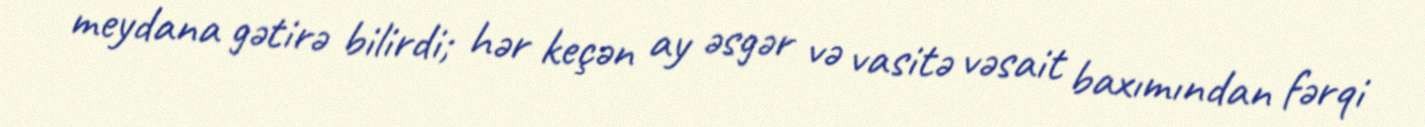
meydana gətirə bilirdi; hər keçən ay əsgər və vasitə vəsait baxımından fərqi